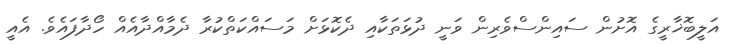
އަލީބޮޚާރީގެ އޮށުން ސައިންސްވެރިން ވަނީ ދުޅަތަކާއި ދެކޮޅަށް މަސައްކަތްކުރާ ދެމާއްދާއެއް ހޯދާފައެވެ. އެއީ